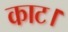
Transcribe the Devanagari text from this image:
काट।